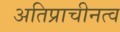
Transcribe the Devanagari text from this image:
अतिप्राचीनत्व